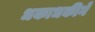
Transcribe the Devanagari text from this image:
धकाधकीने